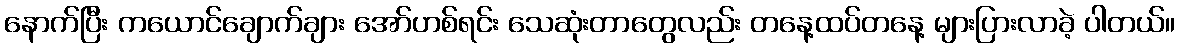
နောက်ပြီး ကယောင်ချောက်ချား အော်ဟစ်ရင်း သေဆုံးတာတွေလည်း တနေ့ထပ်တနေ့ များပြားလာခဲ့ ပါတယ်။